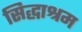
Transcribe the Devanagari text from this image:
सिद्धाश्रम